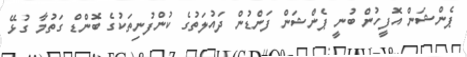
ޕެންޝަން އޮފީހުން ބުނީ ޕެންޝަން ފަންޑުން ދައުލަތުގެ ކުންފުނިތަކުގެ ބޮންޑް ގަތުމާ ގުޅޭ